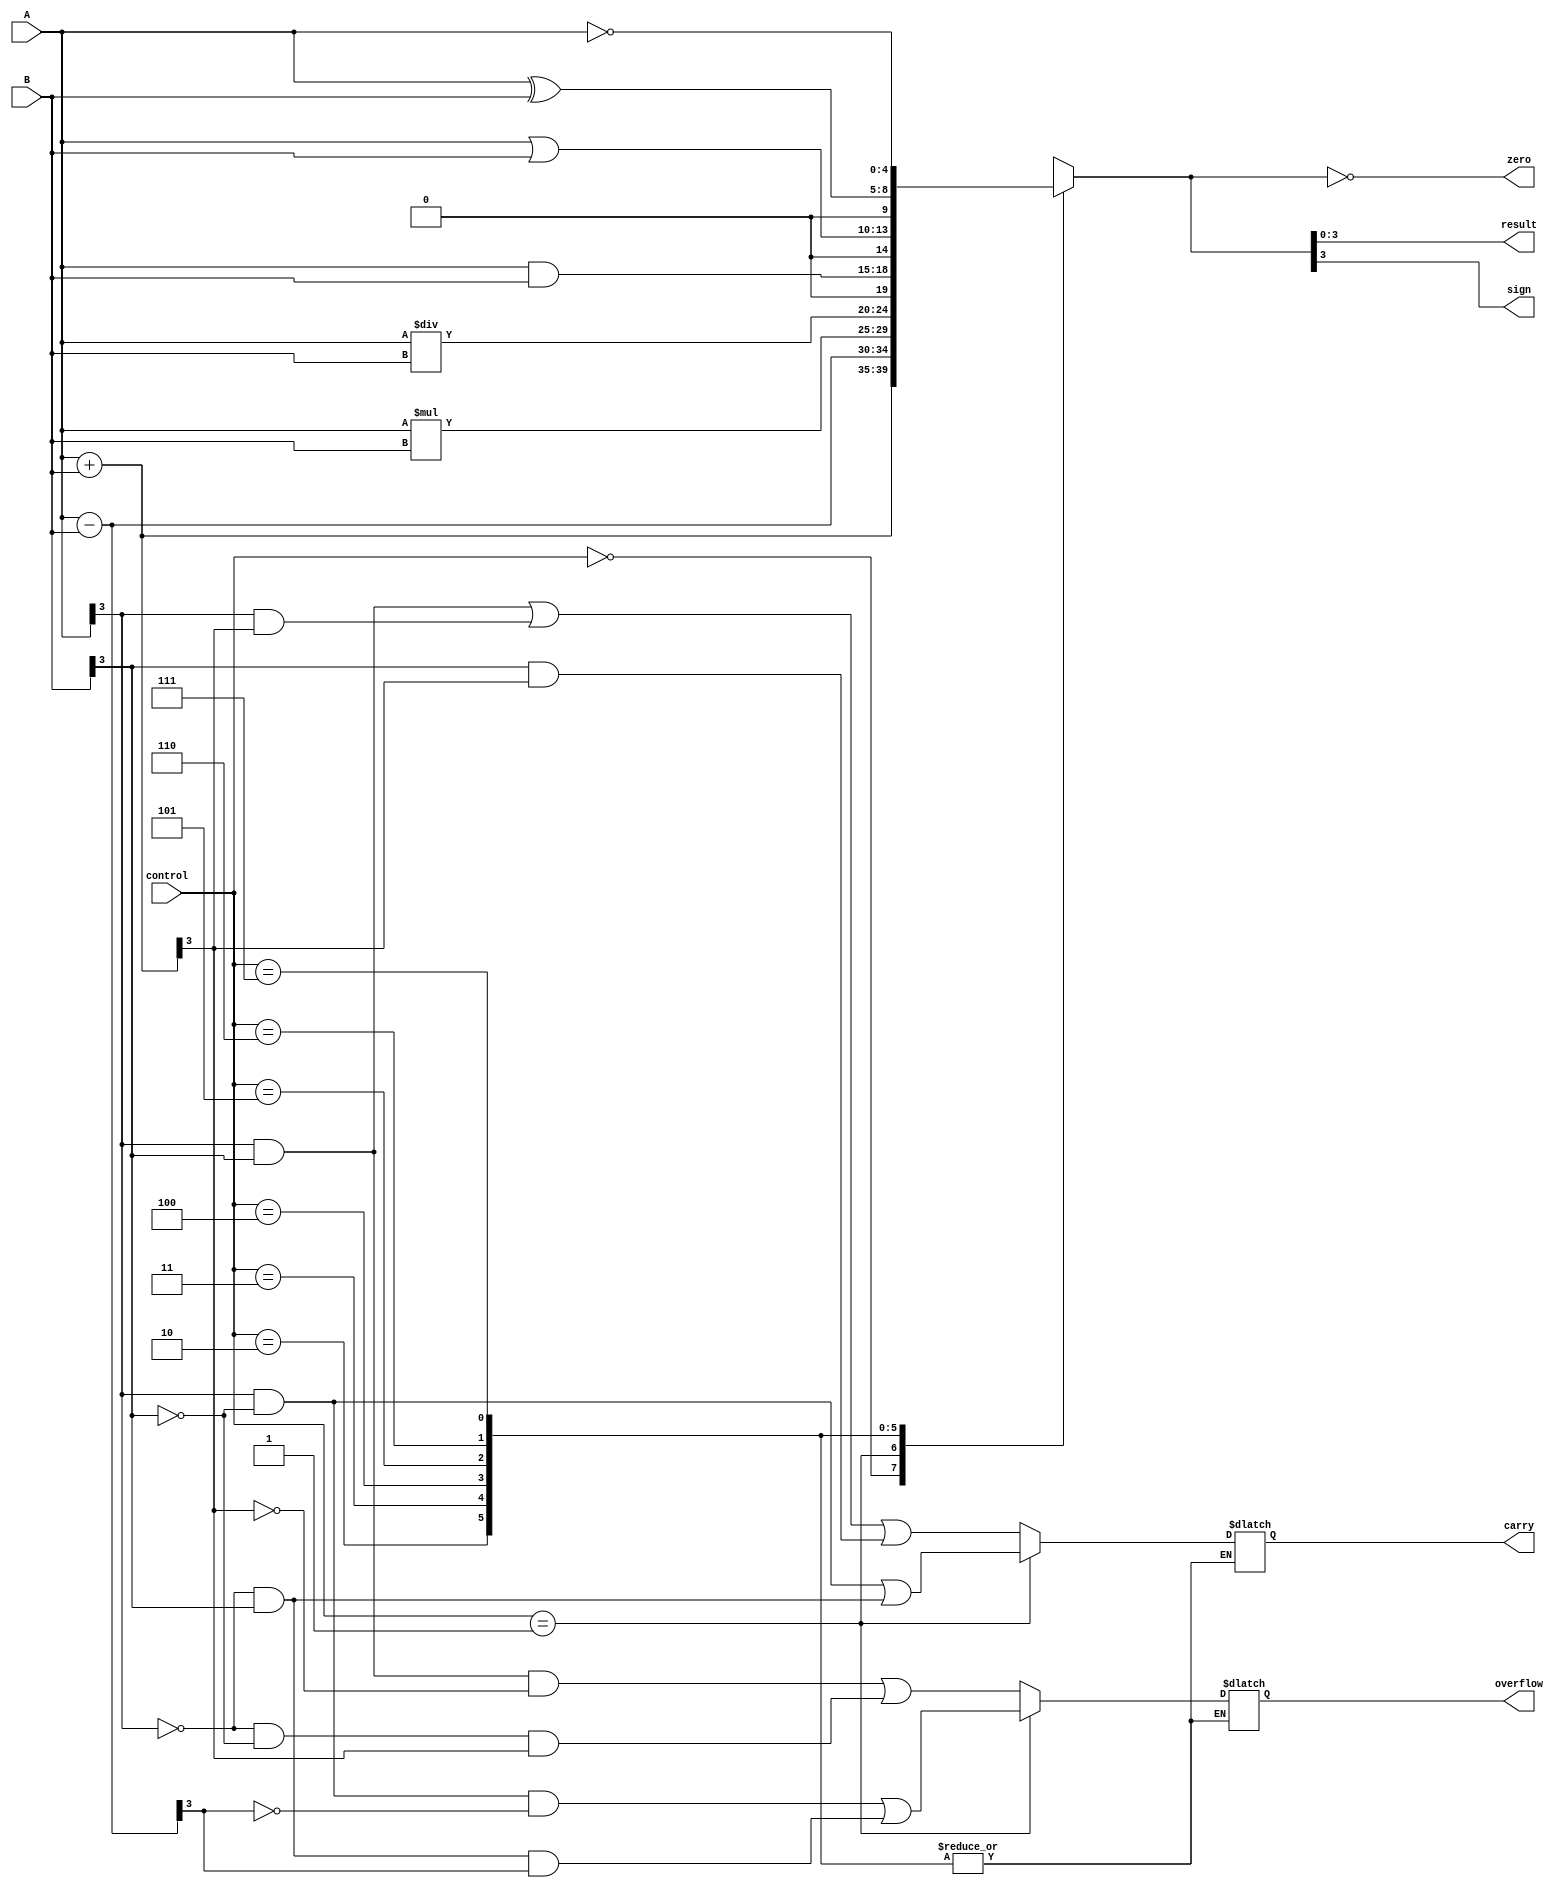
module ALU(input [3:0] A, input [3:0] B, input [2:0] control, 
            output [3:0] result, 
            output carry, 
            output overflow, 
            output zero, 
            output sign);

    reg [4:0] temp_result;
    reg temp_carry, temp_overflow, temp_zero, temp_sign;
    
    always @(*) begin
        case(control)
            3'b000: begin // addition
                temp_result[4:0] = A + B;
                temp_carry = (A[3] & B[3]) | (A[3] & temp_result[3]) | (B[3] & temp_result[3]);
                temp_overflow = (A[3] & B[3] & ~temp_result[3]) | (~A[3] & ~B[3] & temp_result[3]);
            end
            3'b001: begin // subtraction
                temp_result[4:0] = A - B;
                temp_carry = (A[3] & ~B[3]) | (~A[3] & B[3]);
                temp_overflow = (A[3] & ~B[3] & ~temp_result[3]) | (~A[3] & B[3] & temp_result[3]);
            end
            3'b010: begin // multiplication
                temp_result[4:0] = A * B;
            end
            3'b011: begin // division
                temp_result[4:0] = A / B;
            end
            3'b100: begin // AND
                temp_result[4:0] = A & B;
            end
            3'b101: begin // OR
                temp_result[4:0] = A | B;
            end
            3'b110: begin // XOR
                temp_result[4:0] = A ^ B;
            end
            3'b111: begin // NOT
                temp_result[4:0] = ~A;
            end
        endcase
        
        temp_zero = (temp_result == 0);
        temp_sign = temp_result[3];
        
    end

    assign result = temp_result[3:0];
    assign carry = temp_carry;
    assign overflow = temp_overflow;
    assign zero = temp_zero;
    assign sign = temp_sign;

endmodule